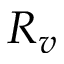
R _ { v }